Subject: math
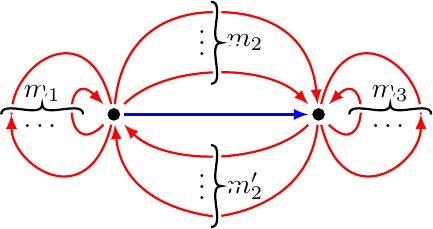
LaTeX code:
    \begin{tikzpicture}[thick, scale = 1.3]
    \draw[fill] (0,0) circle (.05);
    \draw[fill] (2,0) circle (.05);
    \node (a) at (0,0) {};
    \node (b) at (2,0) {};

    \draw[red, -latex] (a) .. controls +(.5,.5) and +(-.5,.5) .. (b);
    \draw[red, -latex] (a) .. controls +(.1,1) and +(-.15,0) .. (1,1) .. controls +(.15,0) and +(-.1,1) .. (b);
    \draw[blue, -latex] (a) -- (b);
    \draw[red, -latex] (b) .. controls +(-.5,-.5) and +(.5,-.5) .. (a);
    \draw[red, -latex] (b) .. controls +(-.1,-1) and +(-.15,0) .. (1,-1) .. controls +(.15,0) and +(.1,-1) .. (a);
    \draw[red, -latex] (a) .. controls +(-.5,-.5) and +(-.5,.5) .. (a);
    \draw[red, -latex] (a) .. controls +(-.25,-1) and +(0,-.5) .. (-1,0); \draw[red ] (-1,0) .. controls +(0,.5) and +(-.25,1) .. (a);
    \draw[red, -latex] (b) .. controls +(.5,-.5) and +(.5,.5) .. (b);
    \draw[red, -latex] (b) .. controls +(.25,-1) and +(0,-.5) .. (3,0);
    \draw[red ] (3,0) .. controls +(0,.5) and +(.25,1) .. (b);

    \node[below]  at (2.7,0) {$\dots$};
    \node[below]  at (-.7,0) {$\dots$};
    \node  at (-.7,0.2) {$m_1$};
    \node  at (2.7,0.2) {$m_3$};

    \draw[line width = 3, color = white] (-1.1,0) .. controls +(0,.15) and +(0,-.15) .. (-.7,0.1) .. controls +(0,-.15) and +(0,.15) .. (-.3,0);
    \draw (-1.1,0) .. controls +(0,.15) and +(0,-.15) .. (-.7,0.1) .. controls +(0,-.15) and +(0,.15) .. (-.3,0);

    \draw[line width = 3, color = white] (3.1,0) .. controls +(0,.15) and +(0,-.15) .. (2.7,0.1) .. controls +(0,-.15) and +(0,.15) .. (2.3,0);
    \draw (3.1,0) .. controls +(0,.15) and +(0,-.15) .. (2.7,0.1) .. controls +(0,-.15) and +(0,.15) .. (2.3,0);

    \node[left]  at (1,.775) {$\vdots$};
    \node[left]  at (1,-.625) {$\vdots$};
    \node[right]  at (1,.7) {$m_2$};
    \node[right]  at (1,-.7) {$m'_2$};

    \draw[line width = 3, color = white] (.95,1.1) .. controls +(.15,0) and +(-.15,0) .. (1.05,.7) .. controls +(-.15,0) and +(.15,0) .. (.95,.3);
    \draw (.95,1.1) .. controls +(.15,0) and +(-.15,0) .. (1.05,.7) .. controls +(-.15,0) and +(.15,0) .. (.95,.3);

    \draw[line width = 3, color = white] (.95,-1.1) .. controls +(.15,0) and +(-.15,0) .. (1.05,-.7) .. controls +(-.15,0) and +(.15,0) .. (.95,-.3);
    \draw (.95,-1.1) .. controls +(.15,0) and +(-.15,0) .. (1.05,-.7) .. controls +(-.15,0) and +(.15,0) .. (.95,-.3);
    \end{tikzpicture}